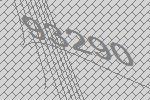
93290